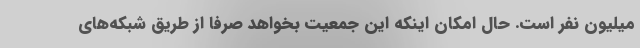
میلیون نفر است. حال امکان اینکه این جمعیت بخواهد صرفا از طریق شبکه‌های